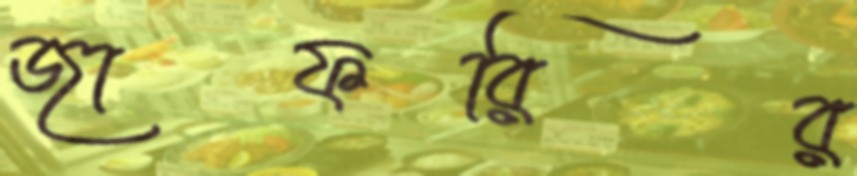
জাফরির